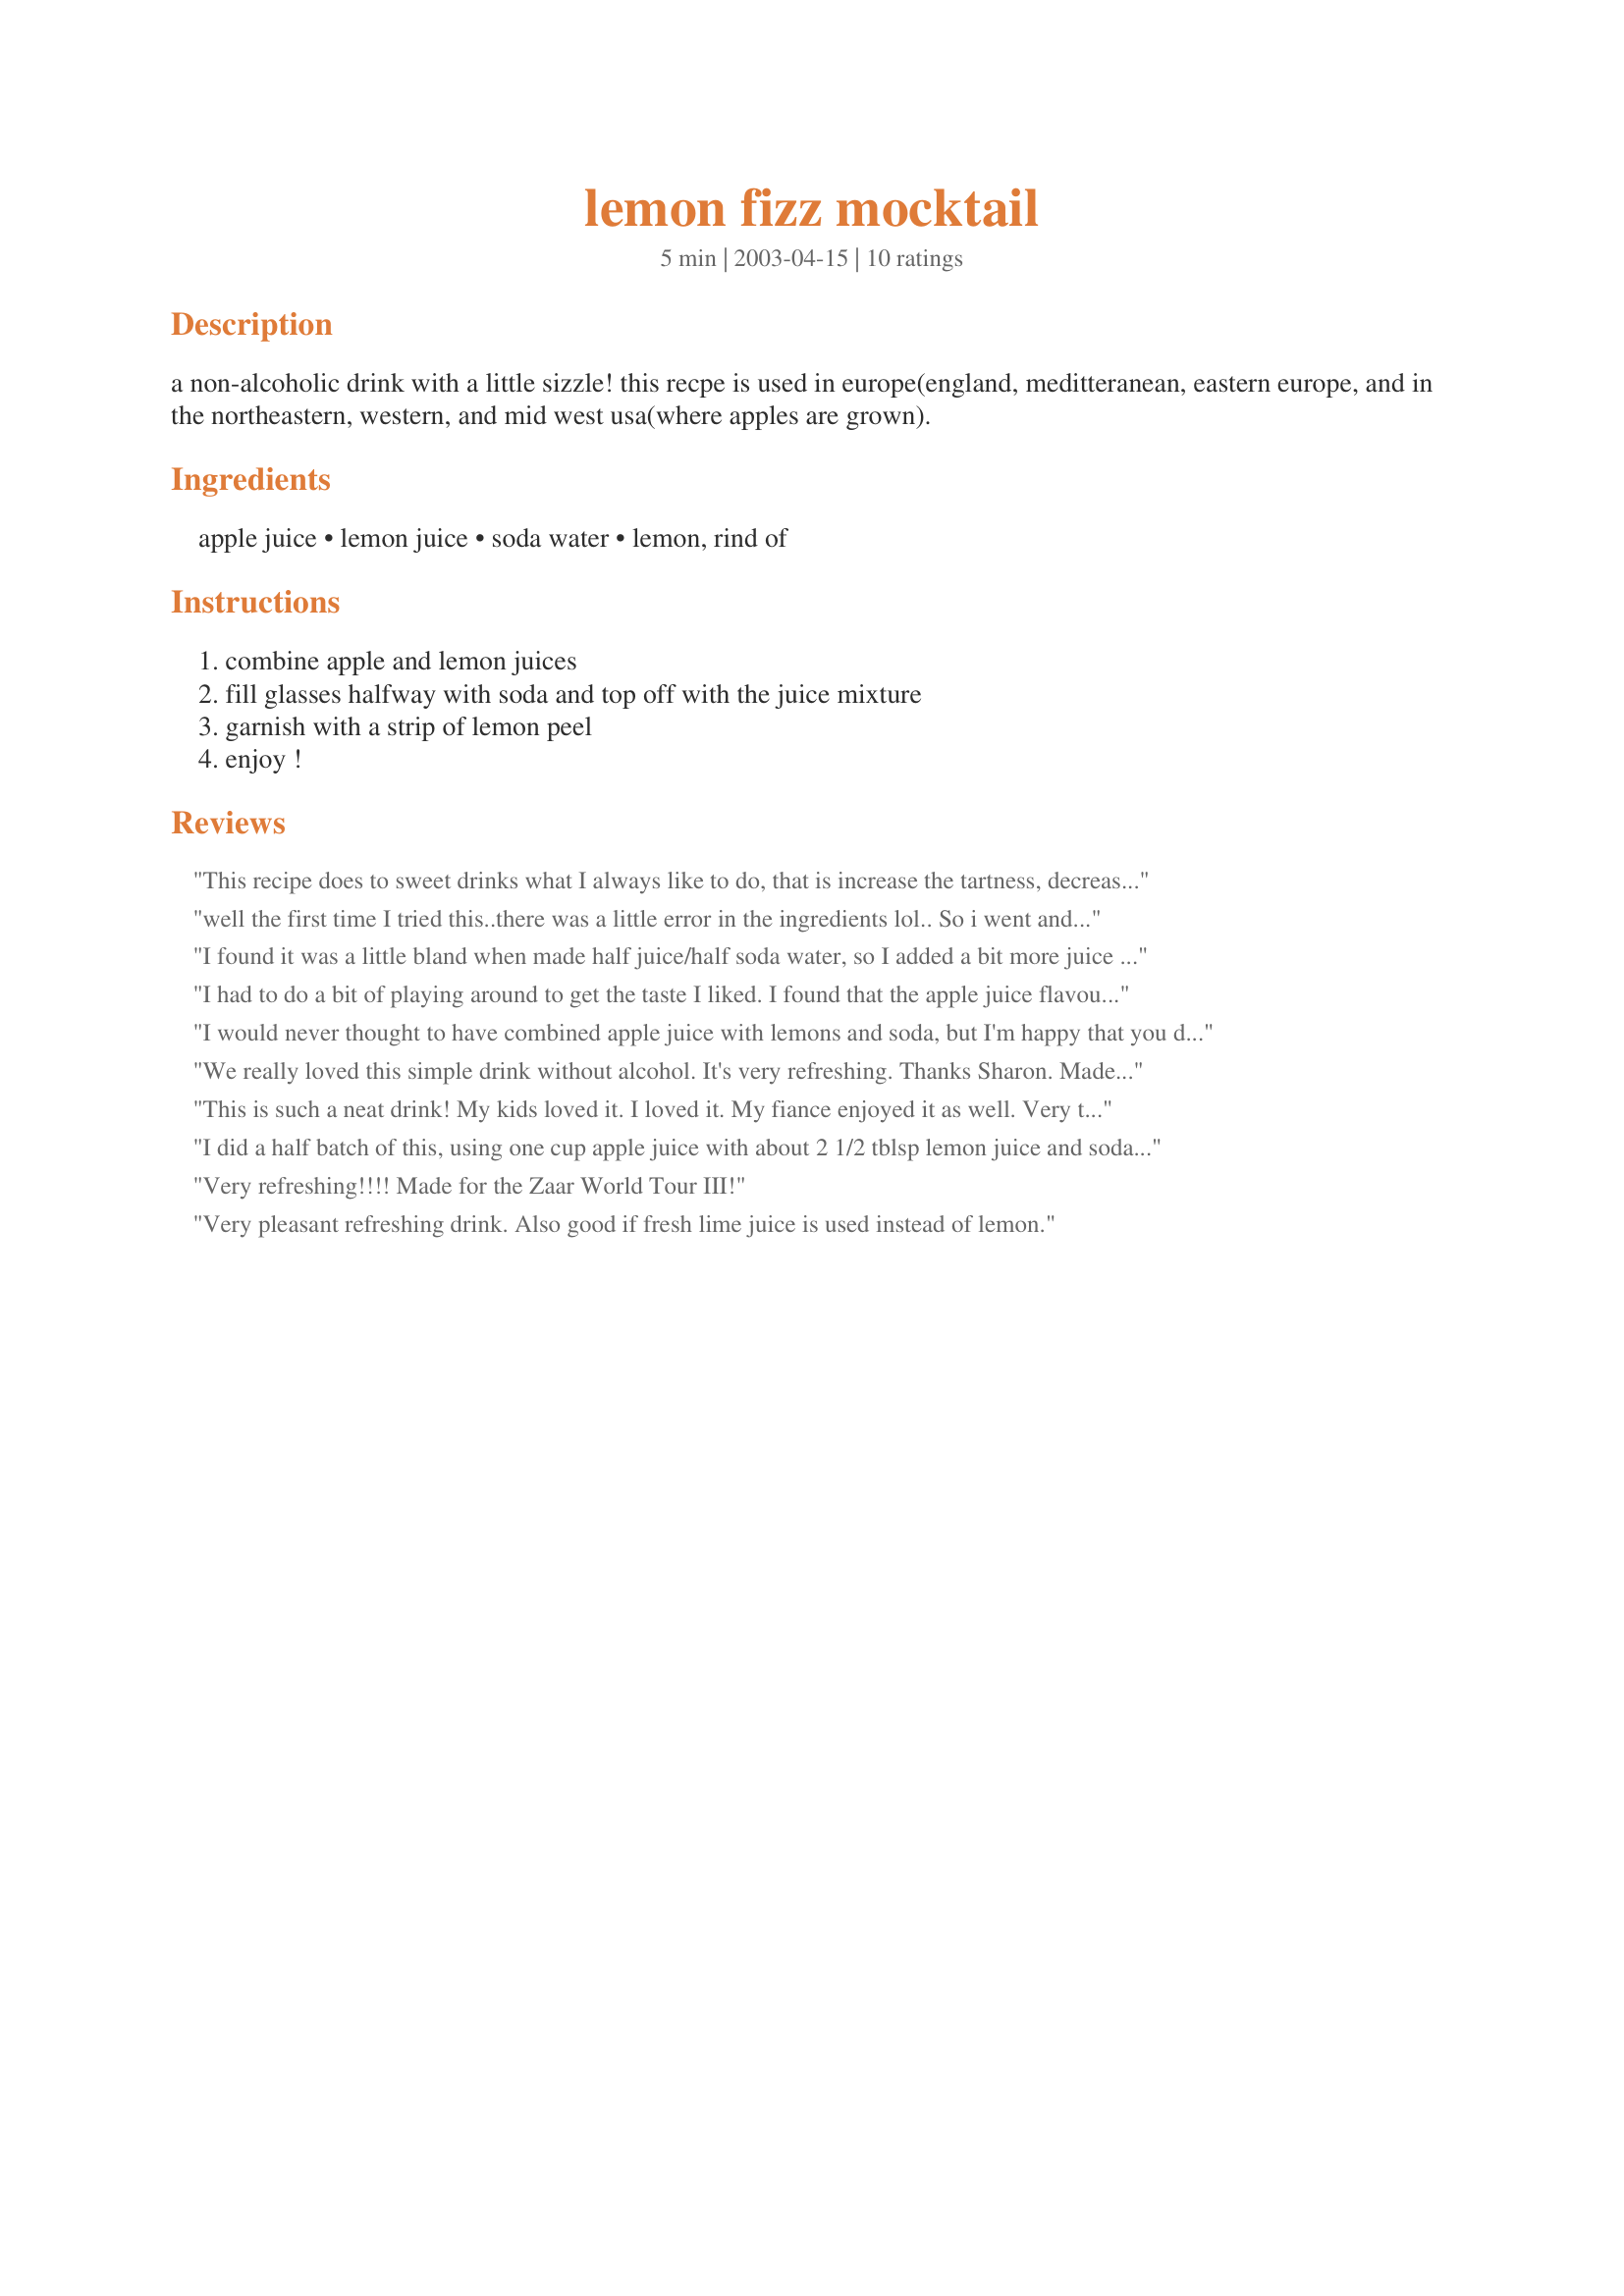
lemon fizz mocktail
Preparation time: 5 minutes

a non-alcoholic drink with a little sizzle! this recpe is used in europe(england, meditteranean, eastern europe, and in the northeastern, western, and mid west usa(where apples are grown).

Ingredients:
apple juice, lemon juice, soda water, lemon, rind of

Steps:
combine apple and lemon juices, fill glasses halfway with soda and top off with the juice mixture, garnish with a strip of lemon peel, enjoy !

Reviews:
This recipe does to sweet drinks what I always like to do, that is increase the tartness, decrease the sweetness. So for that reason, it deserves 5 stars. I made it into a cocktail by adding a bit of vodka:) The photo I added wasn't the best, but the ice cubes were made from an ice cube tray I picked up when I was in Iceland. They are in the shape of Iceland, LOL! BF said he liked this too.
well the first time I tried this..there was a little error in the ingredients lol.. So i went and got soda soda lol...and made this again. its wonderful sharon! I like the apple and lemon together :-) I made a little fan-type decoration with part of an apple and put it on the rim :-) it looked really cute!
I found it was a little bland when made half juice/half soda water, so I added a bit more juice and it was much better - maybe it's my sweet tooth. A lovely refreshing drink, will have to try it when the weather warms up again!
I had to do a bit of playing around to get the taste I liked. I found that the apple juice flavour was so dominant even after increasing the lemon so I changed it up a bit and replaced the soda water with ginger ale and liked it better. It still has a little pucker power from the lemon but the apple taste is sitting in the background a bit. I think kids would like this drink. Thanks for posting this recipe.
I would never thought to have combined apple juice with lemons and soda, but I'm happy that you did Sharon! It was delicious and refreshing and not too sweet...perfect. 
Thanks for a great beverage.
We really loved this simple drink without alcohol. It's very refreshing. Thanks Sharon. Made for Zaar Star Game.
This is such a neat drink! My kids loved it. I loved it. My fiance enjoyed it as well. Very tasty and refreshing. I did a touch more lemon to mine as I LOVE lemon. Thanks for this great drink recipe to add to my collection!
I did a half batch of this, using one cup apple juice with about 2 1/2 tblsp lemon juice and soda water, I don't usually drink apple juice but the lemon with this gives it a nice tang, very handy for me as I always have an abundance of lemons on the tree, this I will be making again, thanks!
Very refreshing!!!! Made for the Zaar World Tour III!
Very pleasant refreshing drink. Also good if fresh lime juice is used instead of lemon.
